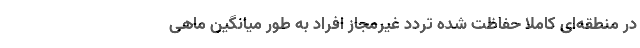
در منطقه‌ای کاملا حفاظت شده تردد غیرمجاز افراد به طور میانگین ماهی